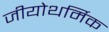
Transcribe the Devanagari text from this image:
जीयोथर्मिक